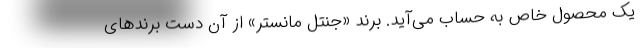
یک محصول خاص به حساب می‌آید. برند «جنتل مانستر» از آن دست برندهای